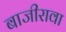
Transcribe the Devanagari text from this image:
बाजीरावा